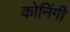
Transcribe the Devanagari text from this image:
कोनिंगी